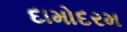
દામોદરમ